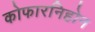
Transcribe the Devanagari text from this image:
कोफारनिहोन